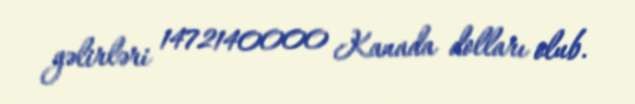
gəlirləri 1472140000 Kanada dolları olub.